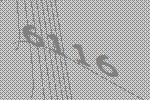
6116